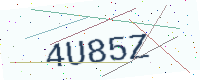
Text: 4U85Z